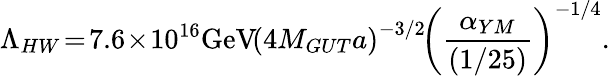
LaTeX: \Lambda_{HW}\! =\! 7.6\! \times\! 10^{16}\mathrm{GeV}\! \left(4M_{GUT}a\right)^{-3/2}\! \left(\frac{\alpha_{YM}}{(1/25)}\right)^{-1/4}.